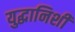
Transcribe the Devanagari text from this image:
युद्धानिशी